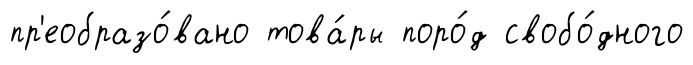
пр'еобразо́вано това́ры поро́д свобо́дного